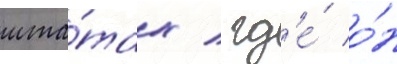
шта́тах / гд'е́ о́н